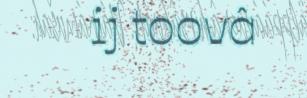
ij toovâ